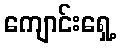
ကျောင်းရှေ့